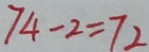
7 4 - 2 = 7 2